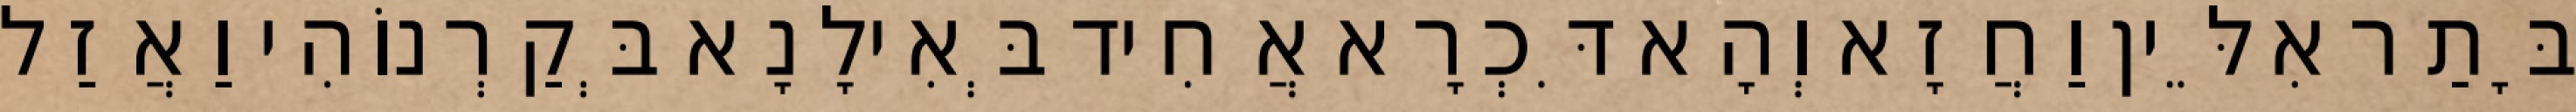
בָּתַר אִלֵּין וַחֲזָא וְהָא דִּכְרָא אֲחִיד בְּאִילָנָא בְּקַרְנוֹהִי וַאֲזַל